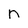
Character: n